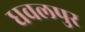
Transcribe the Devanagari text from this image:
धवलपुर